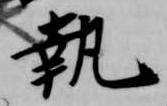
執